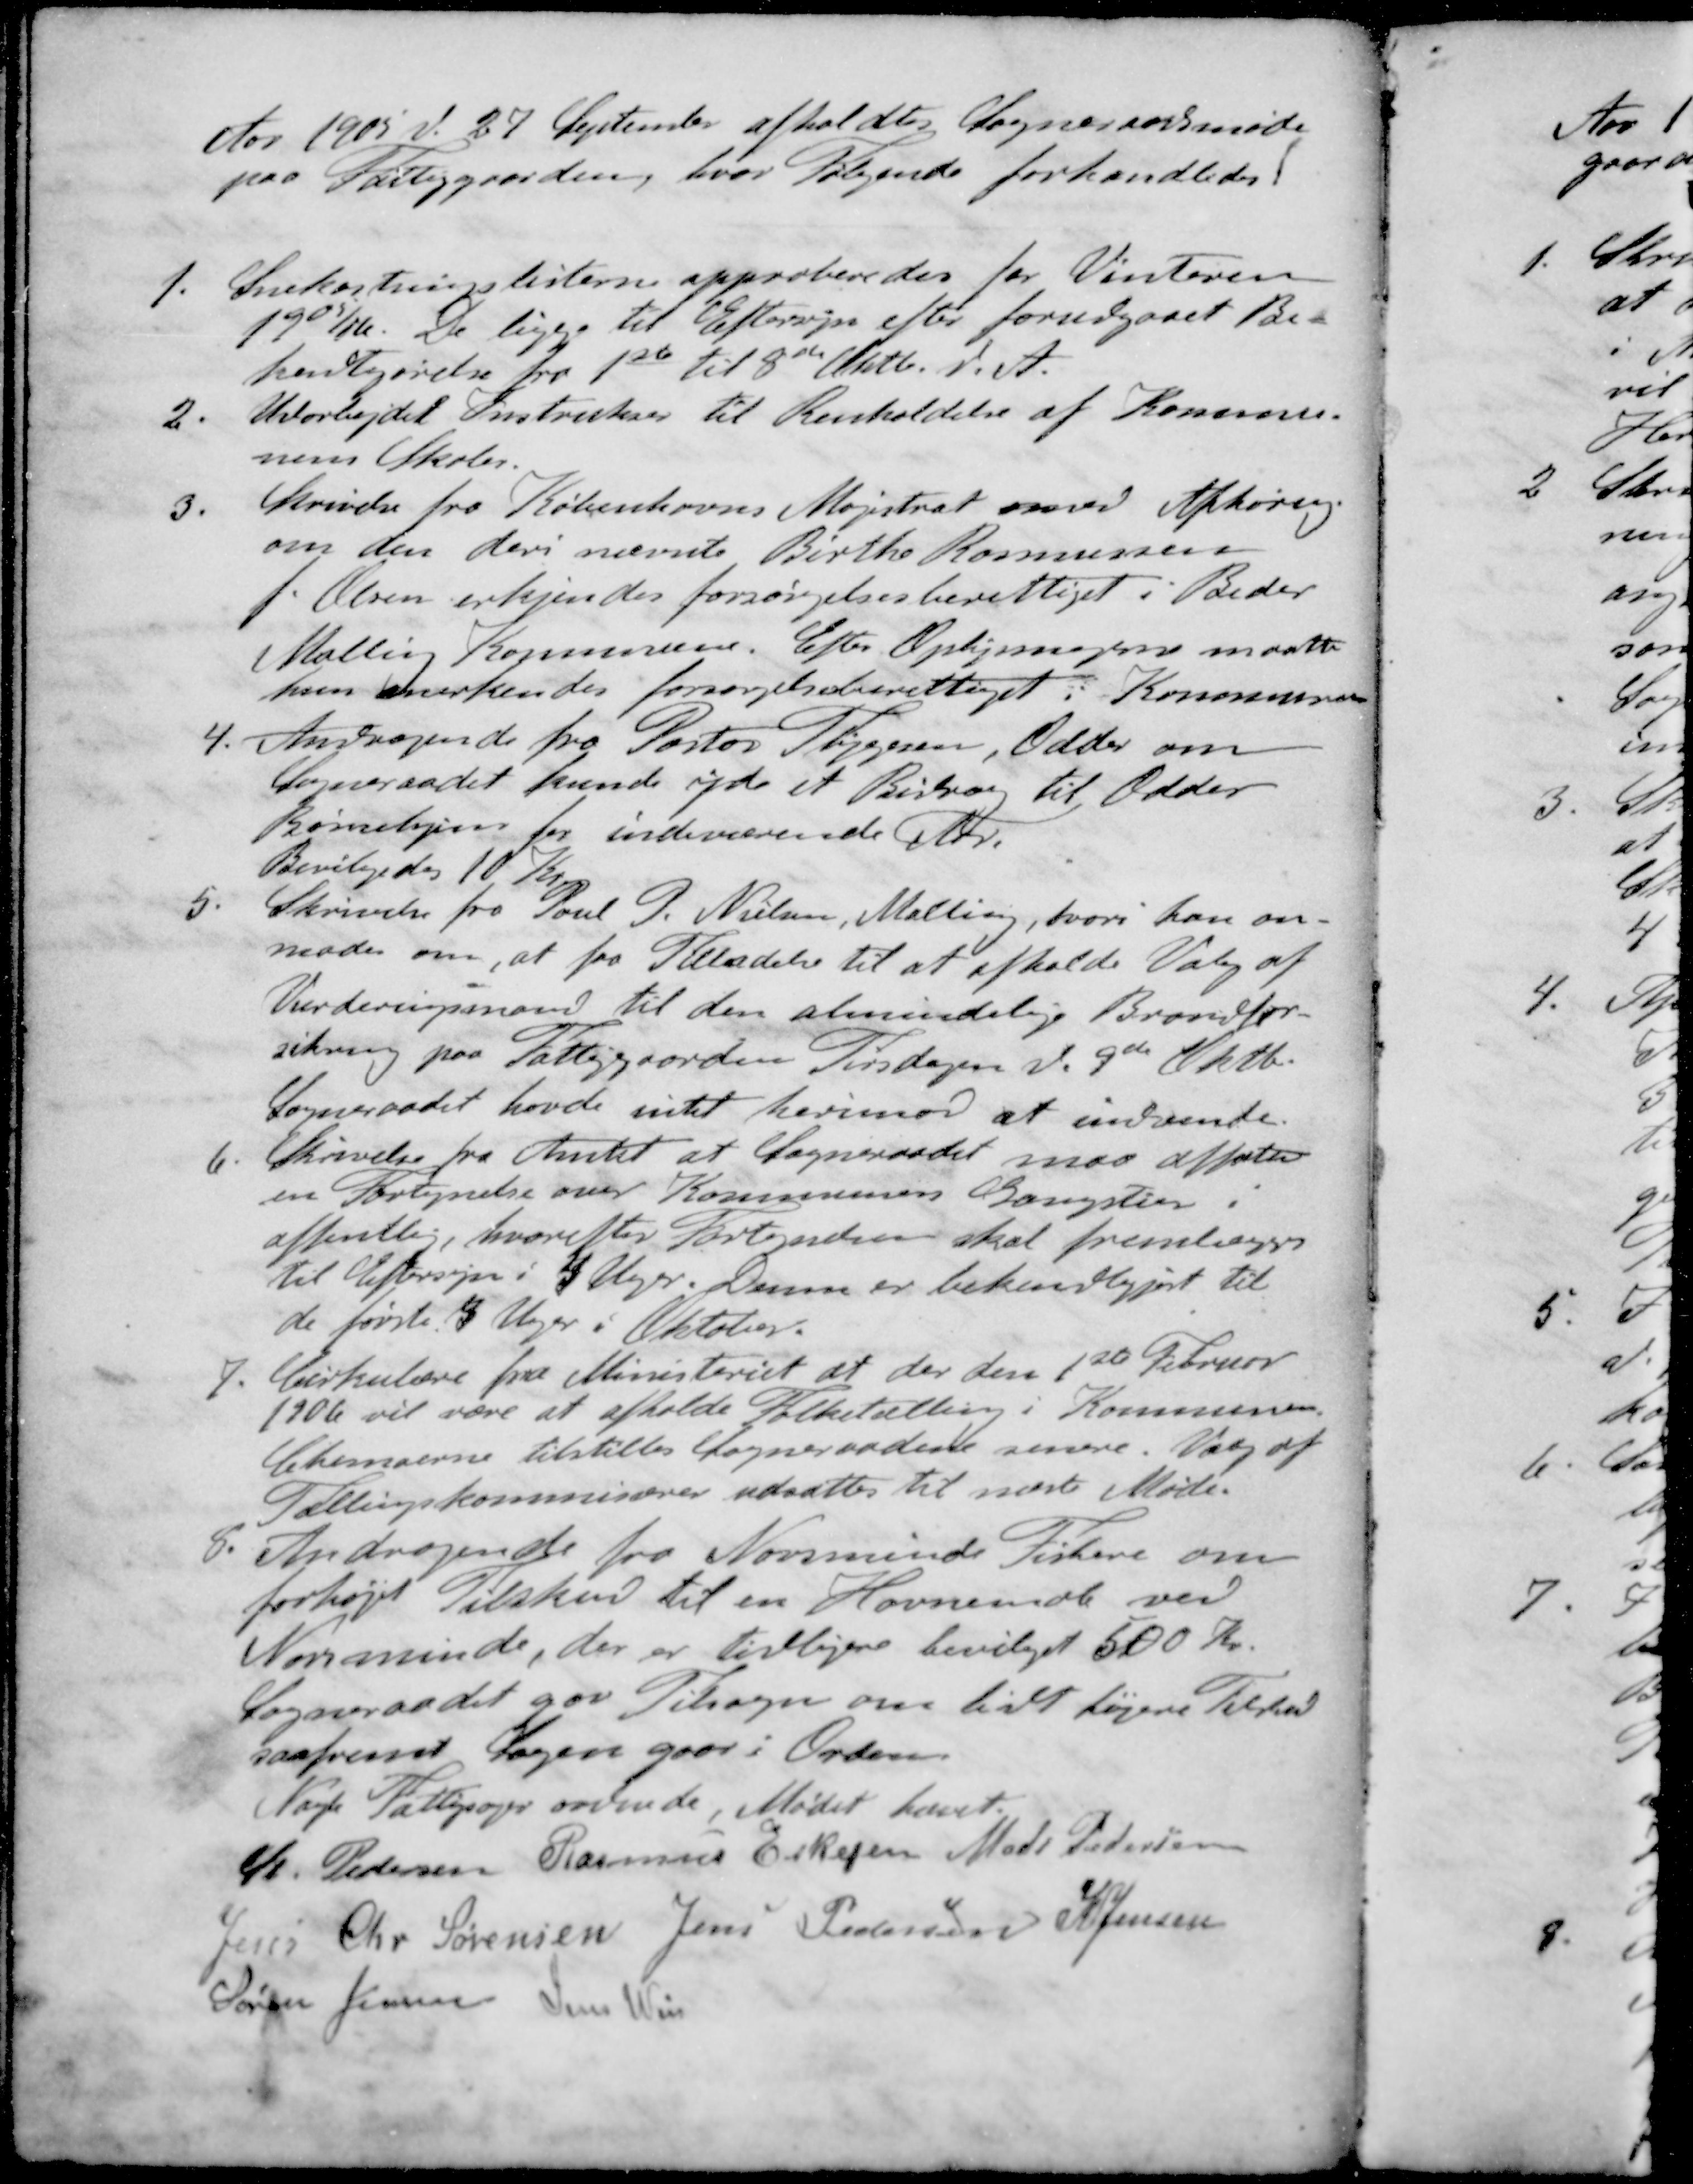
Transskription:
Aar 1905 d. 27 September afholdtes Sogneraadsmøde
paa Fattiggaarden, hvor følgende forhandledes
1. Snekastninglisterne approberedes for Vinteren
1905/06. De ligge til Eftersyn efter forudgaaet Be-
kendtgørelse fra 1ste til 8de Oktb. d. A.
2. Udarbejdet Instrukser til Renholdelse af Kommu-
nens Skoler.
3. Skrivelse fra Københavns Magistrat med Afhøring
om den deri nævnte Birthe Rasmussen
f. Olsen erkjendes forsørgelsesberettiget i Beder
Malling Kommune. Efter Oplysningerne maatte
hun anerkendes forsørgelsesberettiget i Kommunen
4. Andragende fra Pastor Thygesen, Odder om
Sogneraadet kunde yde et Bidrag til Odder
Børnehjem for indeværende Aar.
Bevilgedes 10 Kr
5. Skrivelse fra Poul P. Nielsen, Malling, hvori han an-
moder om, at faa Tilladelse til at afholde Valg af
Vurderingsmand til den almindelige Brandfor-
sikring paa Fattiggaarden Tirsdagen d. 9de Oktb.
Sogneraadet havde intet herimod at indvende.
6. Skrivelse fra Amtet at Sogneraadet maa affatte
en Fortegnelse over Kommunens Gangstier i
offentlig, hvorefter Fortegnelsen skal fremlægges
Til Eftersyn i 4 Uger. Denne er bekendtgjort til
de første 4 Uger i Oktober.
7. Cirkulære fra Ministeriet at der den 1ste Februar
1906 vil være at afholde Folketælling i Kommunen.
Skemaerne tilstilles Sogneraadene senere. Valg af
Tællingskommisærer udsættes til næste Møde.
8. Andragende fra Norsminde Fiskere om
forhøjet Tilskud til en Havnemole ved
Norsminde, der er tidligere bevilget 500 Kr.
Sogneraadet for Tilsagn om lidt højere Tilskud
saafremt Sagen gaar i Orden.
Nogle Fattigsager ordnede, Mødet hævet.
St Pedersen
Rasmus Eskesen
Mads Pedersen
Jens Chr Sørensen
Jens Pedersen
K Jensen
Søren Jensen
Jens Weis